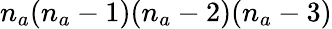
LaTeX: n_{a}(n_{a}-1)(n_{a}-2)(n_{a}-3)